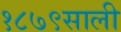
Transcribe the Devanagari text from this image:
१८७९साली